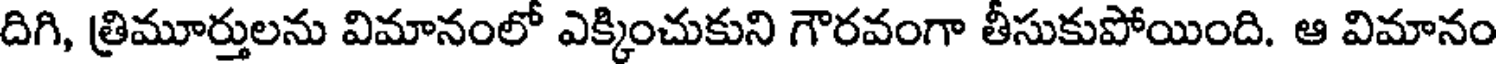
దిగి, త్రిమూర్తులను విమానంలో ఎక్కించుకుని గౌరవంగా తీసుకుపోయింది. ఆ విమానం